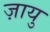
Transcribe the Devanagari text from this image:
ज़ायु